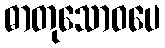
ဓာတုသောဝပေ